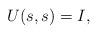
LaTeX: \begin{align*} U(s,s) = I, \end{align*}